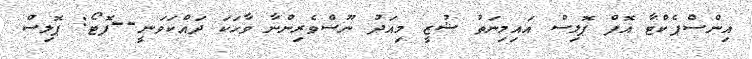
އިންސްޕެކްޓާ އޮފް ޕޮލިސް އައިމިނަތު ޝުޒީ މިއަދު ނޫސްވެރިންނާ ވާހަކަ ދައްކަވަނީ--ފޮޓޯ: ޕޮލިސް